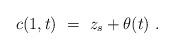
LaTeX: \begin{align*}c(1,t) \ = \ z_s+\theta(t) \ .\end{align*}